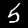
Label: 5